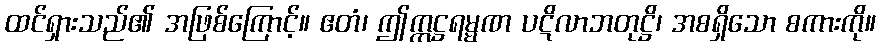
ထင်ရှားသည်၏ အဖြစ်ကြောင့်။ ဧတံ၊ ဤဣဋ္ဌရမ္မဏ ပဋိလာဘတုဋ္ဌိ၊ အစရှိသော စကားကို။